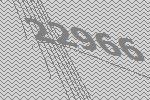
22966